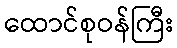
ထောင်စုဝန်ကြီး